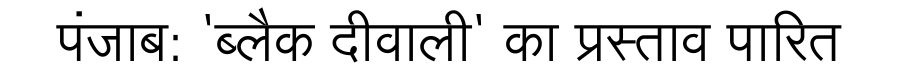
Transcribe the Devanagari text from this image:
पंजाब: 'ब्लैक दीवाली' का प्रस्ताव पारित